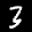
Digit: 3